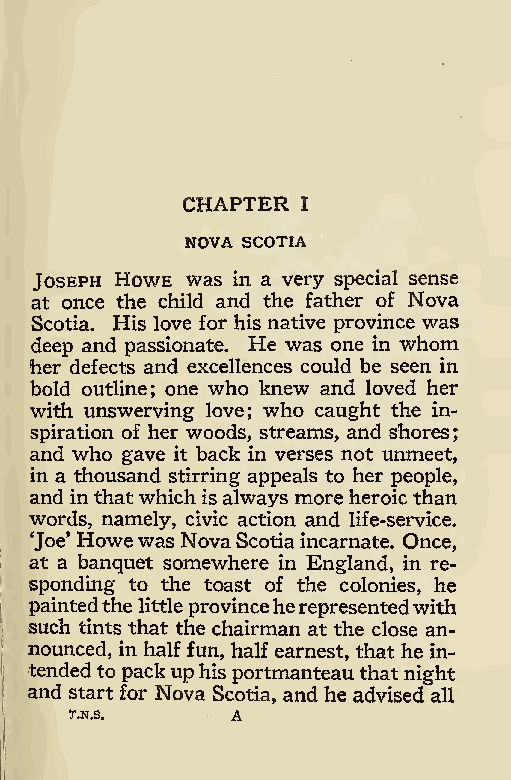
;
 CHAPTER
 I
 NOVA SCOTIA
 Joseph Howe was in a very special sense
 at once the child and the father of Nova
 Scotia. His love for his native province was
 deep and passionate. He was one in whom
 her defects and excellences could be seen in
 bold outline; one who knew and loved her
 with unswerving love; who caught the in-
 spiration of her woods, streams, and shores
 and who gave it back in verses not unmeet,
 in a thousand stirring appeals to her people,
 and in thatwhich is always moreheroic than
 words, namely, civic action and life-service.
 ‘Joe’ Howewas NovaScotiaincarnate. Once,
 at a banquet somewhere in England, in re-
 sponding to the toast of the colonies, he
 paintedthe littleprovinceherepresentedwith
 such tints that the chairman at the close an-
 nounced, in half fun, half earnest, that he in-
 tendedtopackuphisportmanteau thatnight
 and start for Nova Scotia, and he advised all
 T.N.S.    A